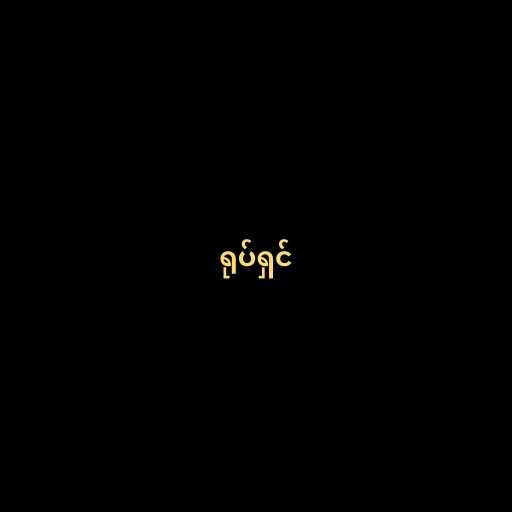
ရုပ်ရှင်